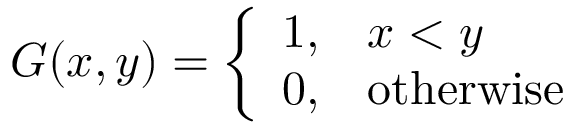
G ( x , y ) = { \left\{ \begin{array} { l l } { 1 , } & { x < y } \\ { 0 , } & { { \mathrm { o t h e r w i s e } } } \end{array} \right. }